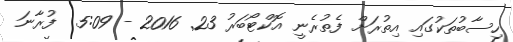
ހިސާބުތަކުގައި އިތުރަށް ފެތުރެނީ އޮކްޓޯބަރު 23